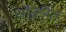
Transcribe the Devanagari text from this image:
सन्निहितः